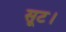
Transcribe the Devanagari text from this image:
सूट।